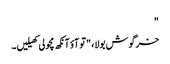
"
خرگوش بولا، "تو آؤ آنکھ مچولی کھیلیں۔